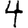
Digit: 4